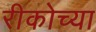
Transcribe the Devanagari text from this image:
रीकोच्या